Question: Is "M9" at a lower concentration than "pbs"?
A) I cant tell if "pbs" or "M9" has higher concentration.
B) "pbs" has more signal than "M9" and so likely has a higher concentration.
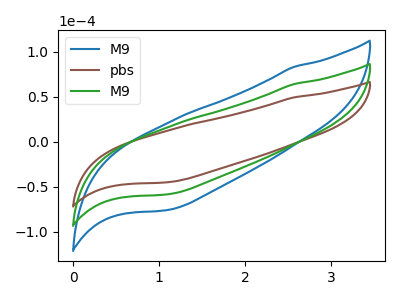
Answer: <think>The blue curve "M9" has no peaks. The brown curve "pbs" has no peaks. The green curve "M9" has no peaks.
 Neither "pbs" or "M9" have any peaks.</think>
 <answer>A) I cant tell if "pbs" or "M9" has higher concentration.</answer>
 <eval>A</eval>